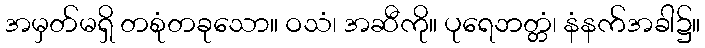
အမှတ်မရှိ တစုံတခုသော။ ဝသံ၊ အဆီကို။ ပုရေဘတ္တံ၊ နံနက်အခါ၌။